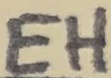
Text: EH